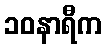
၁၀နာရီက